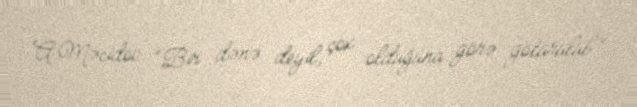
A.Məcidov: “Bir dənə deyil, çox olduğuna görə götürülüb”.